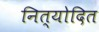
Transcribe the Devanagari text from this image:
नित्योदित